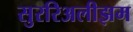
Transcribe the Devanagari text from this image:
सुररिअलीझम